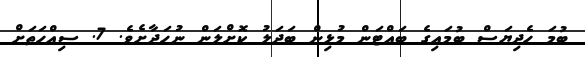
ބުމަ ހެދިޔަސް ބުމައިގެ ބައްޓަން މުޅިން ބަދަލު ކޮށްލަން ނުހަދާށެވެ. 7. ސިއްހަތަށް